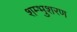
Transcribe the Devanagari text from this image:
शम्भुशरण